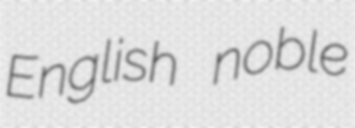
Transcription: English noble